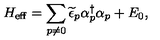
H _ { \mathrm { e f f } } = \sum _ { p \neq 0 } \widetilde { \epsilon } _ { p } \alpha _ { p } ^ { \dagger } \alpha _ { p } + E _ { 0 } ,